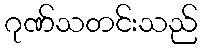
ဂုဏ်သတင်းသည်